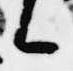
候